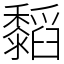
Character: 䵚